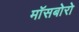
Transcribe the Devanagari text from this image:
मॉसबोरो